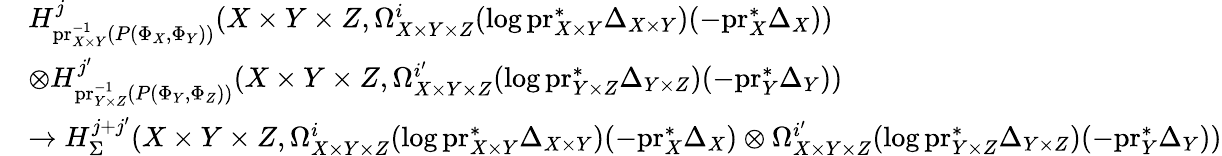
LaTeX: \begin{array}{rl}&{H_{\mathrm{pr}_{X\times Y}^{-1}(P(\Phi_{X},\Phi_{Y}))}^{j}(X\times Y\times Z,\Omega_{X\times Y\times Z}^{i}(\log\mathrm{pr}_{X\times Y}^{*}\Delta_{X\times Y})(-\mathrm{pr}_{X}^{*}\Delta_{X}))}\\ &{\otimes H_{\mathrm{pr}_{Y\times Z}^{-1}(P(\Phi_{Y},\Phi_{Z}))}^{j^{\prime}}(X\times Y\times Z,\Omega_{X\times Y\times Z}^{i^{\prime}}(\log\mathrm{pr}_{Y\times Z}^{*}\Delta_{Y\times Z})(-\mathrm{pr}_{Y}^{*}\Delta_{Y}))}\\ &{\to H_{\Sigma}^{j+j^{\prime}}(X\times Y\times Z,\Omega_{X\times Y\times Z}^{i}(\log\mathrm{pr}_{X\times Y}^{*}\Delta_{X\times Y})(-\mathrm{pr}_{X}^{*}\Delta_{X})\otimes\Omega_{X\times Y\times Z}^{i^{\prime}}(\log\mathrm{pr}_{Y\times Z}^{*}\Delta_{Y\times Z})(-\mathrm{pr}_{Y}^{*}\Delta_{Y}))}\end{array}